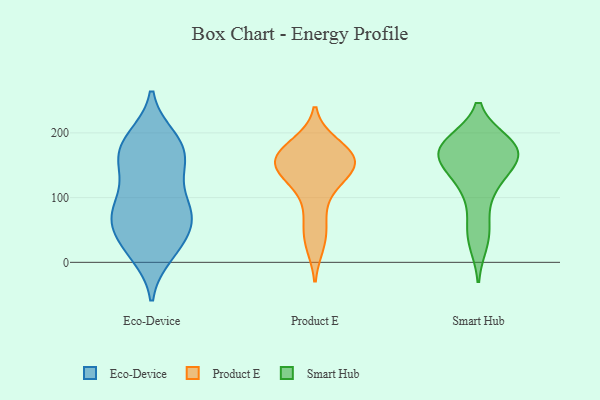
{"axis": {"x": "Budget (USD K)", "y": "Value"}, "legend": ["Eco-Device", "Product E", "Smart Hub"], "data": [{"x": "", "y": 139, "type": "Eco-Device"}, {"x": "", "y": 61, "type": "Eco-Device"}, {"x": "", "y": 65, "type": "Eco-Device"}, {"x": "", "y": 26, "type": "Eco-Device"}, {"x": "", "y": 85, "type": "Eco-Device"}, {"x": "", "y": 13, "type": "Eco-Device"}, {"x": "", "y": 20, "type": "Eco-Device"}, {"x": "", "y": 163, "type": "Eco-Device"}, {"x": "", "y": 73, "type": "Eco-Device"}, {"x": "", "y": 71, "type": "Eco-Device"}, {"x": "", "y": 149, "type": "Eco-Device"}, {"x": "", "y": 192, "type": "Eco-Device"}, {"x": "", "y": 87, "type": "Eco-Device"}, {"x": "", "y": 179, "type": "Eco-Device"}, {"x": "", "y": 187, "type": "Eco-Device"}, {"x": "", "y": 35, "type": "Eco-Device"}, {"x": "", "y": 182, "type": "Eco-Device"}, {"x": "", "y": 88, "type": "Eco-Device"}, {"x": "", "y": 144, "type": "Eco-Device"}, {"x": "", "y": 143, "type": "Product E"}, {"x": "", "y": 182, "type": "Product E"}, {"x": "", "y": 165, "type": "Product E"}, {"x": "", "y": 148, "type": "Product E"}, {"x": "", "y": 157, "type": "Product E"}, {"x": "", "y": 28, "type": "Product E"}, {"x": "", "y": 60, "type": "Product E"}, {"x": "", "y": 169, "type": "Product E"}, {"x": "", "y": 107, "type": "Product E"}, {"x": "", "y": 139, "type": "Product E"}, {"x": "", "y": 168, "type": "Smart Hub"}, {"x": "", "y": 57, "type": "Smart Hub"}, {"x": "", "y": 182, "type": "Smart Hub"}, {"x": "", "y": 157, "type": "Smart Hub"}, {"x": "", "y": 158, "type": "Smart Hub"}, {"x": "", "y": 112, "type": "Smart Hub"}, {"x": "", "y": 126, "type": "Smart Hub"}, {"x": "", "y": 31, "type": "Smart Hub"}, {"x": "", "y": 185, "type": "Smart Hub"}, {"x": "", "y": 184, "type": "Smart Hub"}, {"x": "", "y": 167, "type": "Smart Hub"}]}